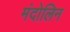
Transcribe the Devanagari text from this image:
मंदोलिन